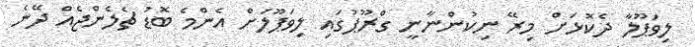
ލިވަޕޫލާ ދެކޮޅަށް މިރޭ ނިކުންނާނީ ގްރޫޕުގައި ލިވަޕޫލަށް އެންމެ ބޮޑު ޗެލެންޖެއް ދޭނެ